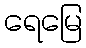
ရေမြေ